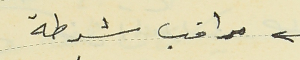
مراقب شرطة